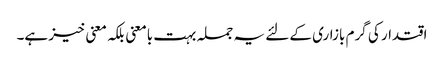
اقتدار کی گرم بازاری کے لئے یہ جملہ بہت بامعنی بلکہ معنی خیز ہے۔